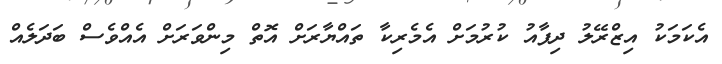
އެކަމަކު އިޒްރޭލު ދިފާއު ކުރުމަށް އެމެރިކާ ތައްޔާރަށް އޮތް މިންވަރަށް އެއްވެސް ބަދަލެއް